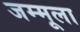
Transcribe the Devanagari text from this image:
जम्मूला